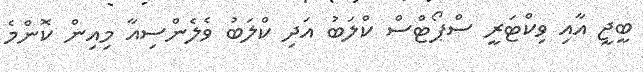
ބީޖީ އާއި ވިކްޓަރީ ސްޕޯޓްސް ކްލަބު އަދި ކްލަބު ވެލެންސިއާ މިއިން ކޮންމެ